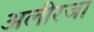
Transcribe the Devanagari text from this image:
अलीरजा